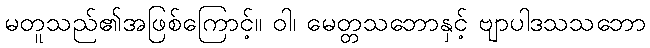
မတူသည်၏အဖြစ်ကြောင့်။ ဝါ၊ မေတ္တသဘောနှင့် ဗျာပါဒသသဘော